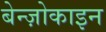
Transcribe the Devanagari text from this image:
बेन्ज़ोकाइन